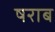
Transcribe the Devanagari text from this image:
षराब